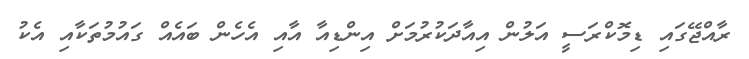
ރާއްޖޭގައި ޑިމޮކްރަސީ އަލުން އިއާދަކުރުމަށް އިންޑިއާ އާއި އެހެން ބައެއް ގައުމުތަކާއި އެކު